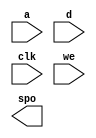
module DistMem(
  a,
  d,
  clk,
  we,
  spo
);

input [9 : 0] a;
input [15 : 0] d;
input clk;
input we;
output [15 : 0] spo;

// synthesis translate_off

  DIST_MEM_GEN_V6_3 #(
    .C_ADDR_WIDTH(10),
    .C_DEFAULT_DATA("0"),
    .C_DEPTH(1024),
    .C_FAMILY("spartan3"),
    .C_HAS_CLK(1),
    .C_HAS_D(1),
    .C_HAS_DPO(0),
    .C_HAS_DPRA(0),
    .C_HAS_I_CE(0),
    .C_HAS_QDPO(0),
    .C_HAS_QDPO_CE(0),
    .C_HAS_QDPO_CLK(0),
    .C_HAS_QDPO_RST(0),
    .C_HAS_QDPO_SRST(0),
    .C_HAS_QSPO(0),
    .C_HAS_QSPO_CE(0),
    .C_HAS_QSPO_RST(0),
    .C_HAS_QSPO_SRST(0),
    .C_HAS_SPO(1),
    .C_HAS_SPRA(0),
    .C_HAS_WE(1),
    .C_MEM_INIT_FILE("DistMem.mif"),
    .C_MEM_TYPE(1),
    .C_PARSER_TYPE(1),
    .C_PIPELINE_STAGES(0),
    .C_QCE_JOINED(0),
    .C_QUALIFY_WE(0),
    .C_READ_MIF(1),
    .C_REG_A_D_INPUTS(0),
    .C_REG_DPRA_INPUT(0),
    .C_SYNC_ENABLE(1),
    .C_WIDTH(16)
  )
  inst (
    .A(a),
    .D(d),
    .CLK(clk),
    .WE(we),
    .SPO(spo),
    .DPRA(),
    .SPRA(),
    .I_CE(),
    .QSPO_CE(),
    .QDPO_CE(),
    .QDPO_CLK(),
    .QSPO_RST(),
    .QDPO_RST(),
    .QSPO_SRST(),
    .QDPO_SRST(),
    .DPO(),
    .QSPO(),
    .QDPO()
  );

// synthesis translate_on

endmodule